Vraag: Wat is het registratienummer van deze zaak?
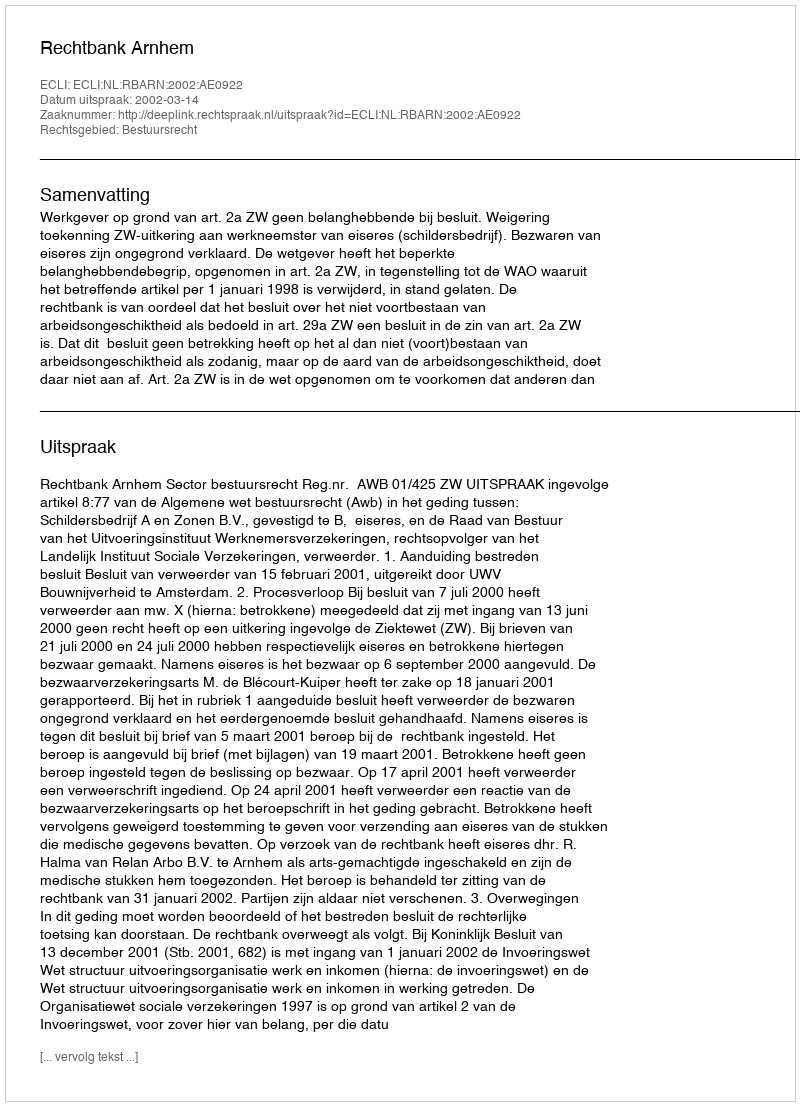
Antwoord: http://deeplink.rechtspraak.nl/uitspraak?id=ECLI:NL:RBARN:2002:AE0922